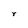
Character: r